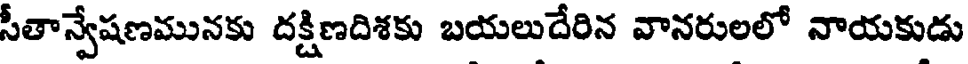
సీతాన్వేషణమునకు దక్షిణదిశకు బయలుదేరిన వానరులలో నాయకుడు